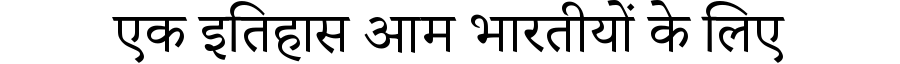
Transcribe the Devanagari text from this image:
एक इतिहास आम भारतीयों के लिए